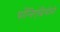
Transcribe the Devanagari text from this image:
पॉलिएंब्रियोनी